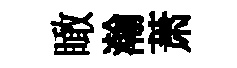
瞰瀚萧